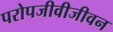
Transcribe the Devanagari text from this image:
परोपजीवीजीवन